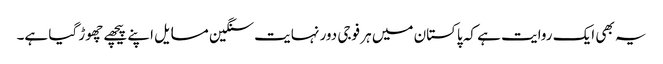
یہ بھی ایک روایت ہے کہ پاکستان میں ہر فوجی دور نہایت سنگین مسایل اپنے پیچھے چھوڑ گیا ہے۔